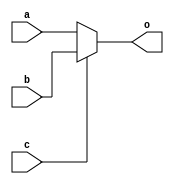
module top (
  a,
  b,
  c,
  o);

input wire a;
input wire b;
input wire c;
output wire o;
   
wire internal;

assign o = (c) ? internal : a;
assign internal = (c) ? b : a;
   
endmodule